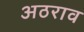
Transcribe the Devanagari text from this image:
अठराव